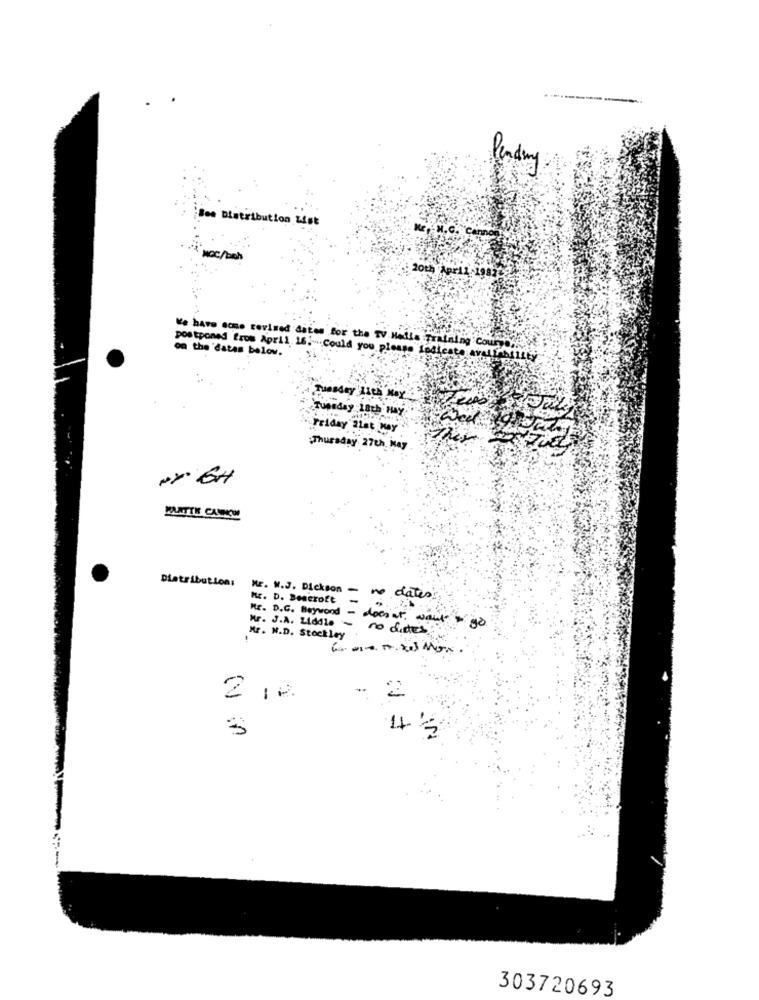
--------.
¡Bee Distribution List
"t"nochbon
20th
postponed fros April 16 .-. Could you please indicate
on the 'datas below.
We have some revised dates for the TV.Media :Training Course !!
MILLEY
Tuesday LIth May
Tupiday Lath May
Friday 2Let May
Thursday 27th May
NYCH
PLATTE CANCUN
Distribution:
Mr. W. J. Dickson - no dates
Hc. D. Bencroft-
Mr. J.A. Liddle - no dides
Mr. D. C. Beywood - doesat, want - go
W. N.D. Stockley
2 10.
- 2
303720693